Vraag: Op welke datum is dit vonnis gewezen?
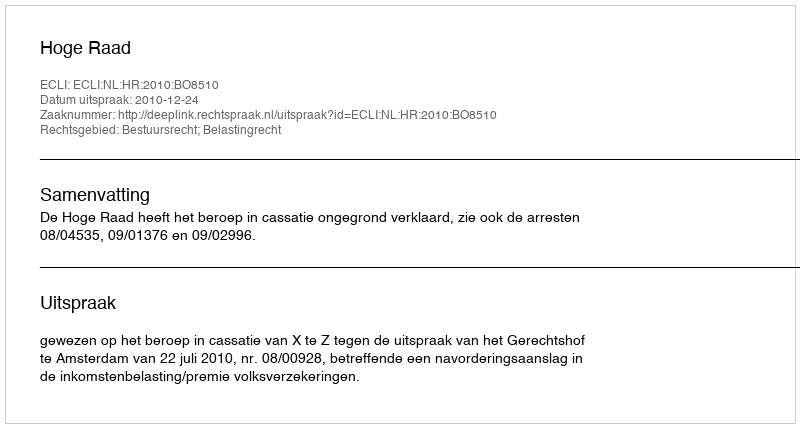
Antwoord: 2010-12-24